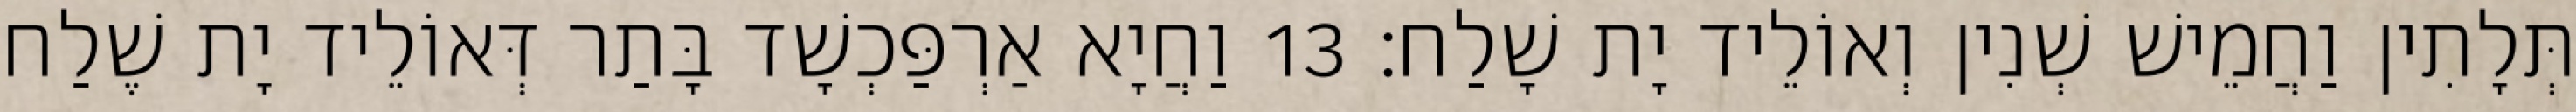
תְּלָתִין וַחֲמֵישׁ שְׁנִין וְאוֹלֵיד יָת שָׁלַח׃ 13 וַחֲיָא אַרְפַּכְשָׁד בָּתַר דְּאוֹלֵיד יָת שֶׁלַח